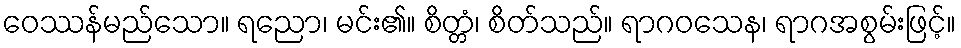
ဝေဿန်မည်သော။ ရညော၊ မင်း၏။ စိတ္တံ၊ စိတ်သည်။ ရာဂဝသေန၊ ရာဂအစွမ်းဖြင့်။